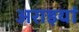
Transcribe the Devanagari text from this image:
अराइयां